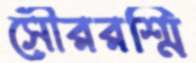
সৌররশ্মি